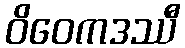
ဝိဝေကဒဿီ